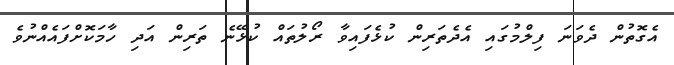
އެގޮތުން ދެވަނަ ފިލްމުގައި އެދެތަރިން ކުޅެފައިވާ ރޯލުތައް ކުޅޭނެ ތަރިން އަދި ހާމަކޮށްފައެއްނުވެ